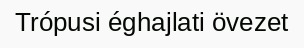
Trópusi éghajlati övezet